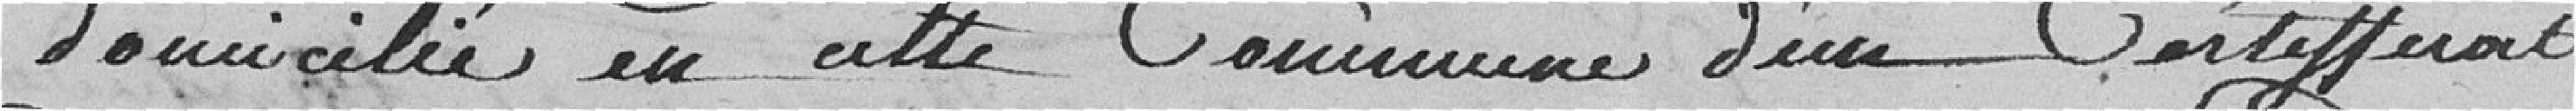
domicilié en cette commune d'un certificat